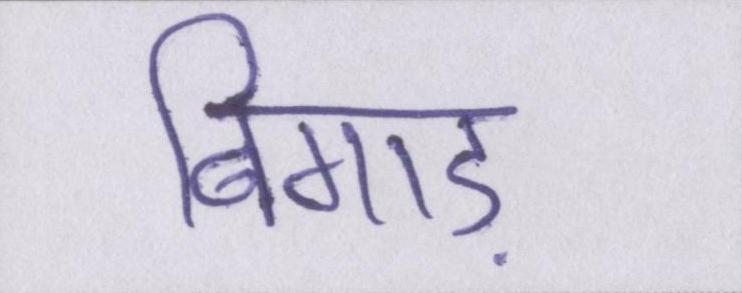
बिगाड़